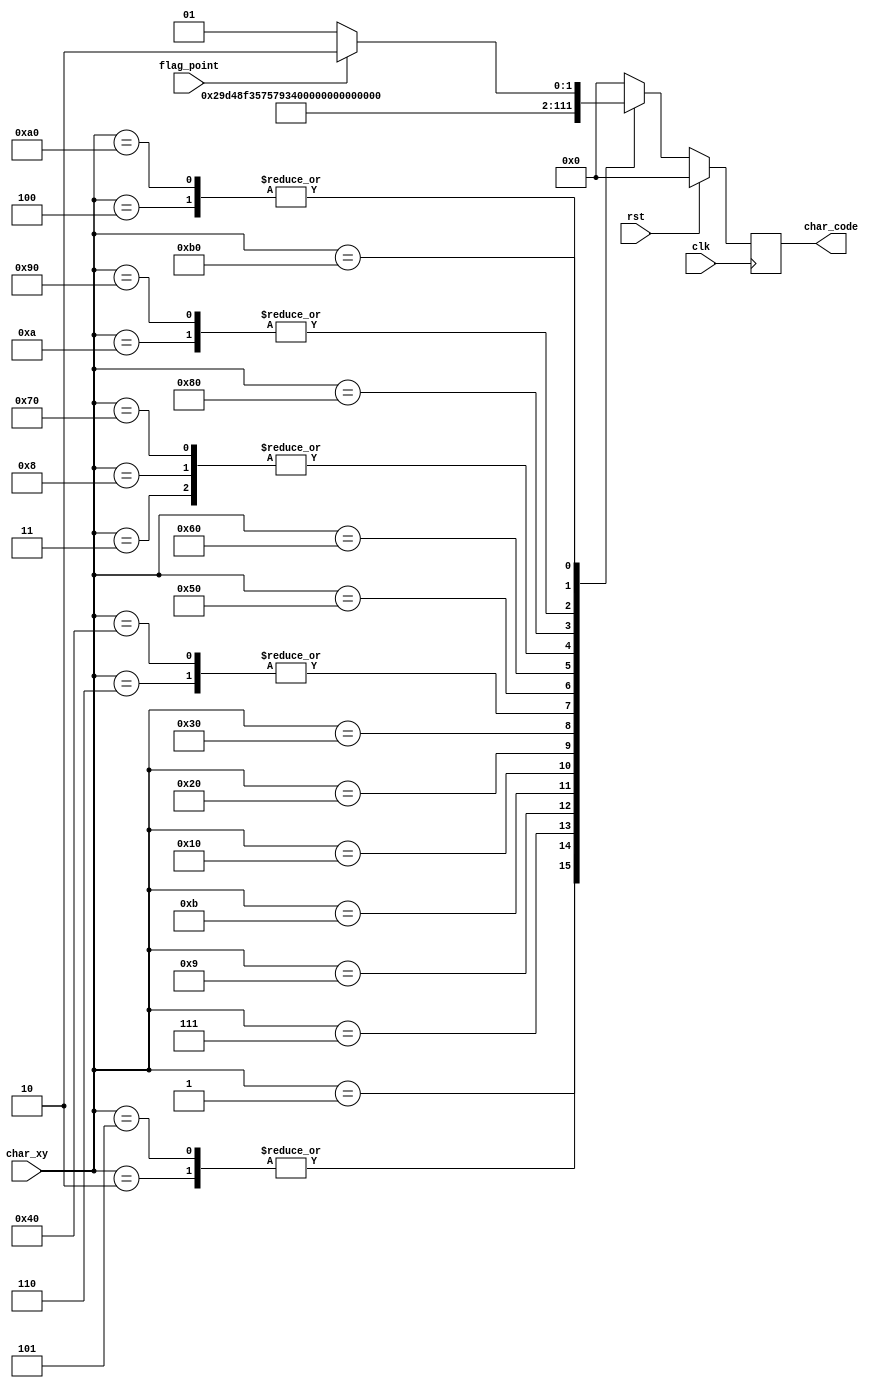
/*--------------------------------------*/
/*      AUTHOR - Szymon Irla            */
/*--------------------------------------*/

`timescale 1ns / 1ps

module start_writing(
        input  wire        clk,
        input  wire        rst,
        input  wire[7:0]   char_xy,
        input  wire        flag_point,
        output reg[6:0]    char_code
    );
       reg [6:0] char_code_nxt;
  always @(posedge clk)begin
             if (rst)
                 char_code<=0;
             else
                 char_code <= char_code_nxt;
         end   
 always @* begin 
 case (char_xy)    
     8'h1: char_code_nxt = 7'h53; //S
     8'h2: char_code_nxt = 7'h54; //T
     8'h3: char_code_nxt = 7'h41; //A
     8'h4: char_code_nxt = 7'h52; //R
     8'h5: char_code_nxt = 7'h54; //T
     8'h6: char_code_nxt = 7'h20; //
     8'h7: char_code_nxt = 7'h47; //G
     8'h8: char_code_nxt = 7'h41; //A
     8'h9: char_code_nxt = 7'h4D; //M
     8'hA: char_code_nxt = 7'h45; //E
     8'hB: char_code_nxt = 7'h2E; //.
     
     8'h10: char_code_nxt = 7'h57; //W
     8'h20: char_code_nxt = 7'h49; //I
     8'h30: char_code_nxt = 7'h4E; //N
     8'h40: char_code_nxt = 7'h20; //
     8'h50: char_code_nxt = 7'h50; //P
     8'h60: char_code_nxt = 7'h4C; //L
     8'h70: char_code_nxt = 7'h41; //A
     8'h80: char_code_nxt = 7'h59; //Y
     8'h90: char_code_nxt = 7'h45; //E
     8'hA0: char_code_nxt = 7'h52; //R
     8'hB0: char_code_nxt = (flag_point) ? 7'h32 : 7'h31; //2 || 1
     default: char_code_nxt = 7'h00; //
     endcase
 end
endmodule